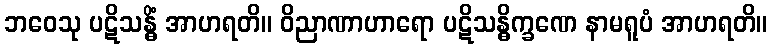
ဘဝေသု ပဋိသန္ဓိံ အာဟရတိ။ ဝိညာဏာဟာရော ပဋိသန္ဓိက္ခဏေ နာမရူပံ အာဟရတိ။